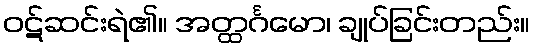
ဝဋ်ဆင်းရဲ၏။ အတ္ထင်္ဂမော၊ ချုပ်ခြင်းတည်း။